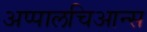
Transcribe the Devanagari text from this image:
अप्पालचिआन्स